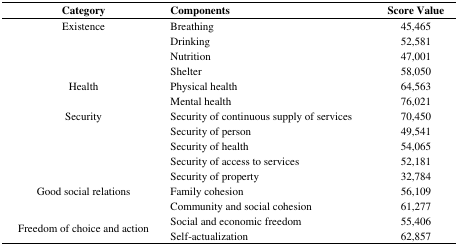
<table><thead><tr><td><b>Category</b></td><td><b>Components</b></td><td><b>Score Value</b></td></tr></thead><tbody><tr><td>Existence</td><td>Breathing</td><td>45,465</td></tr><tr><td></td><td>Drinking</td><td>52,581</td></tr><tr><td></td><td>Nutrition</td><td>47,001</td></tr><tr><td></td><td>Shelter</td><td>58,050</td></tr><tr><td>Health</td><td>Physical health</td><td>64,563</td></tr><tr><td></td><td>Mental health</td><td>76,021</td></tr><tr><td>Security</td><td>Security of continuous supply of services</td><td>70,450</td></tr><tr><td></td><td>Security of person</td><td>49,541</td></tr><tr><td></td><td>Security of health</td><td>54,065</td></tr><tr><td></td><td>Security of access to services</td><td>52,181</td></tr><tr><td></td><td>Security of property</td><td>32,784</td></tr><tr><td>Good social relations</td><td>Family cohesion</td><td>56,109</td></tr><tr><td></td><td>Community and social cohesion</td><td>61,277</td></tr><tr><td rowspan="2">Freedom of choice and action</td><td>Social and economic freedom</td><td>55,406</td></tr><tr><td>Self-actualization</td><td>62,857</td></tr></tbody></table>